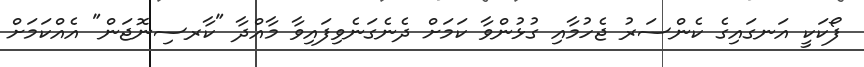
ފޯކަކީ އަނގައިގެ ކެންސަރު ޖެހުމާއި ގުޅުންވާ ކަމަށް ދެނެގަނެވިފައިވާ މާއްދާ "ކާރސިނޮޖަން" އެއްކަމަށް